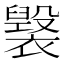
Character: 𧝷